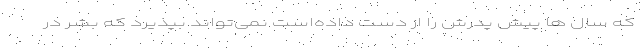
که سال ها پیش پدرش را از دست داده‌است نمی‌تواند بپذیرد که بشر در